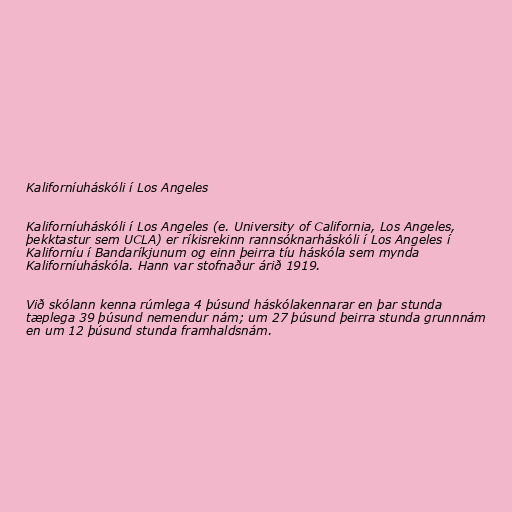
Kaliforníuháskóli í Los Angeles

Kaliforníuháskóli í Los Angeles (e. University of California, Los Angeles,
þekktastur sem UCLA) er ríkisrekinn rannsóknarháskóli í Los Angeles í
Kaliforníu í Bandaríkjunum og einn þeirra tíu háskóla sem mynda
Kaliforníuháskóla. Hann var stofnaður árið 1919.

Við skólann kenna rúmlega 4 þúsund háskólakennarar en þar stunda
tæplega 39 þúsund nemendur nám; um 27 þúsund þeirra stunda grunnnám
en um 12 þúsund stunda framhaldsnám.